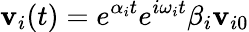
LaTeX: \textbf{v}_{i}(t)=e^{\alpha_{i}t}e^{i\omega_{i}t}\beta_{i}\textbf{v}_{i0}